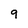
Character: 9